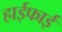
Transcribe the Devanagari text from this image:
हाईफाई